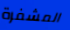
المشفرة